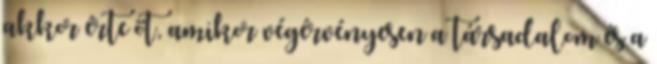
akkor érte őt, amikor végérvényesen a társadalom és a